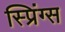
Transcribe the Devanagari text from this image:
स्प्रिंग्‍स